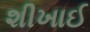
શીખાઈ